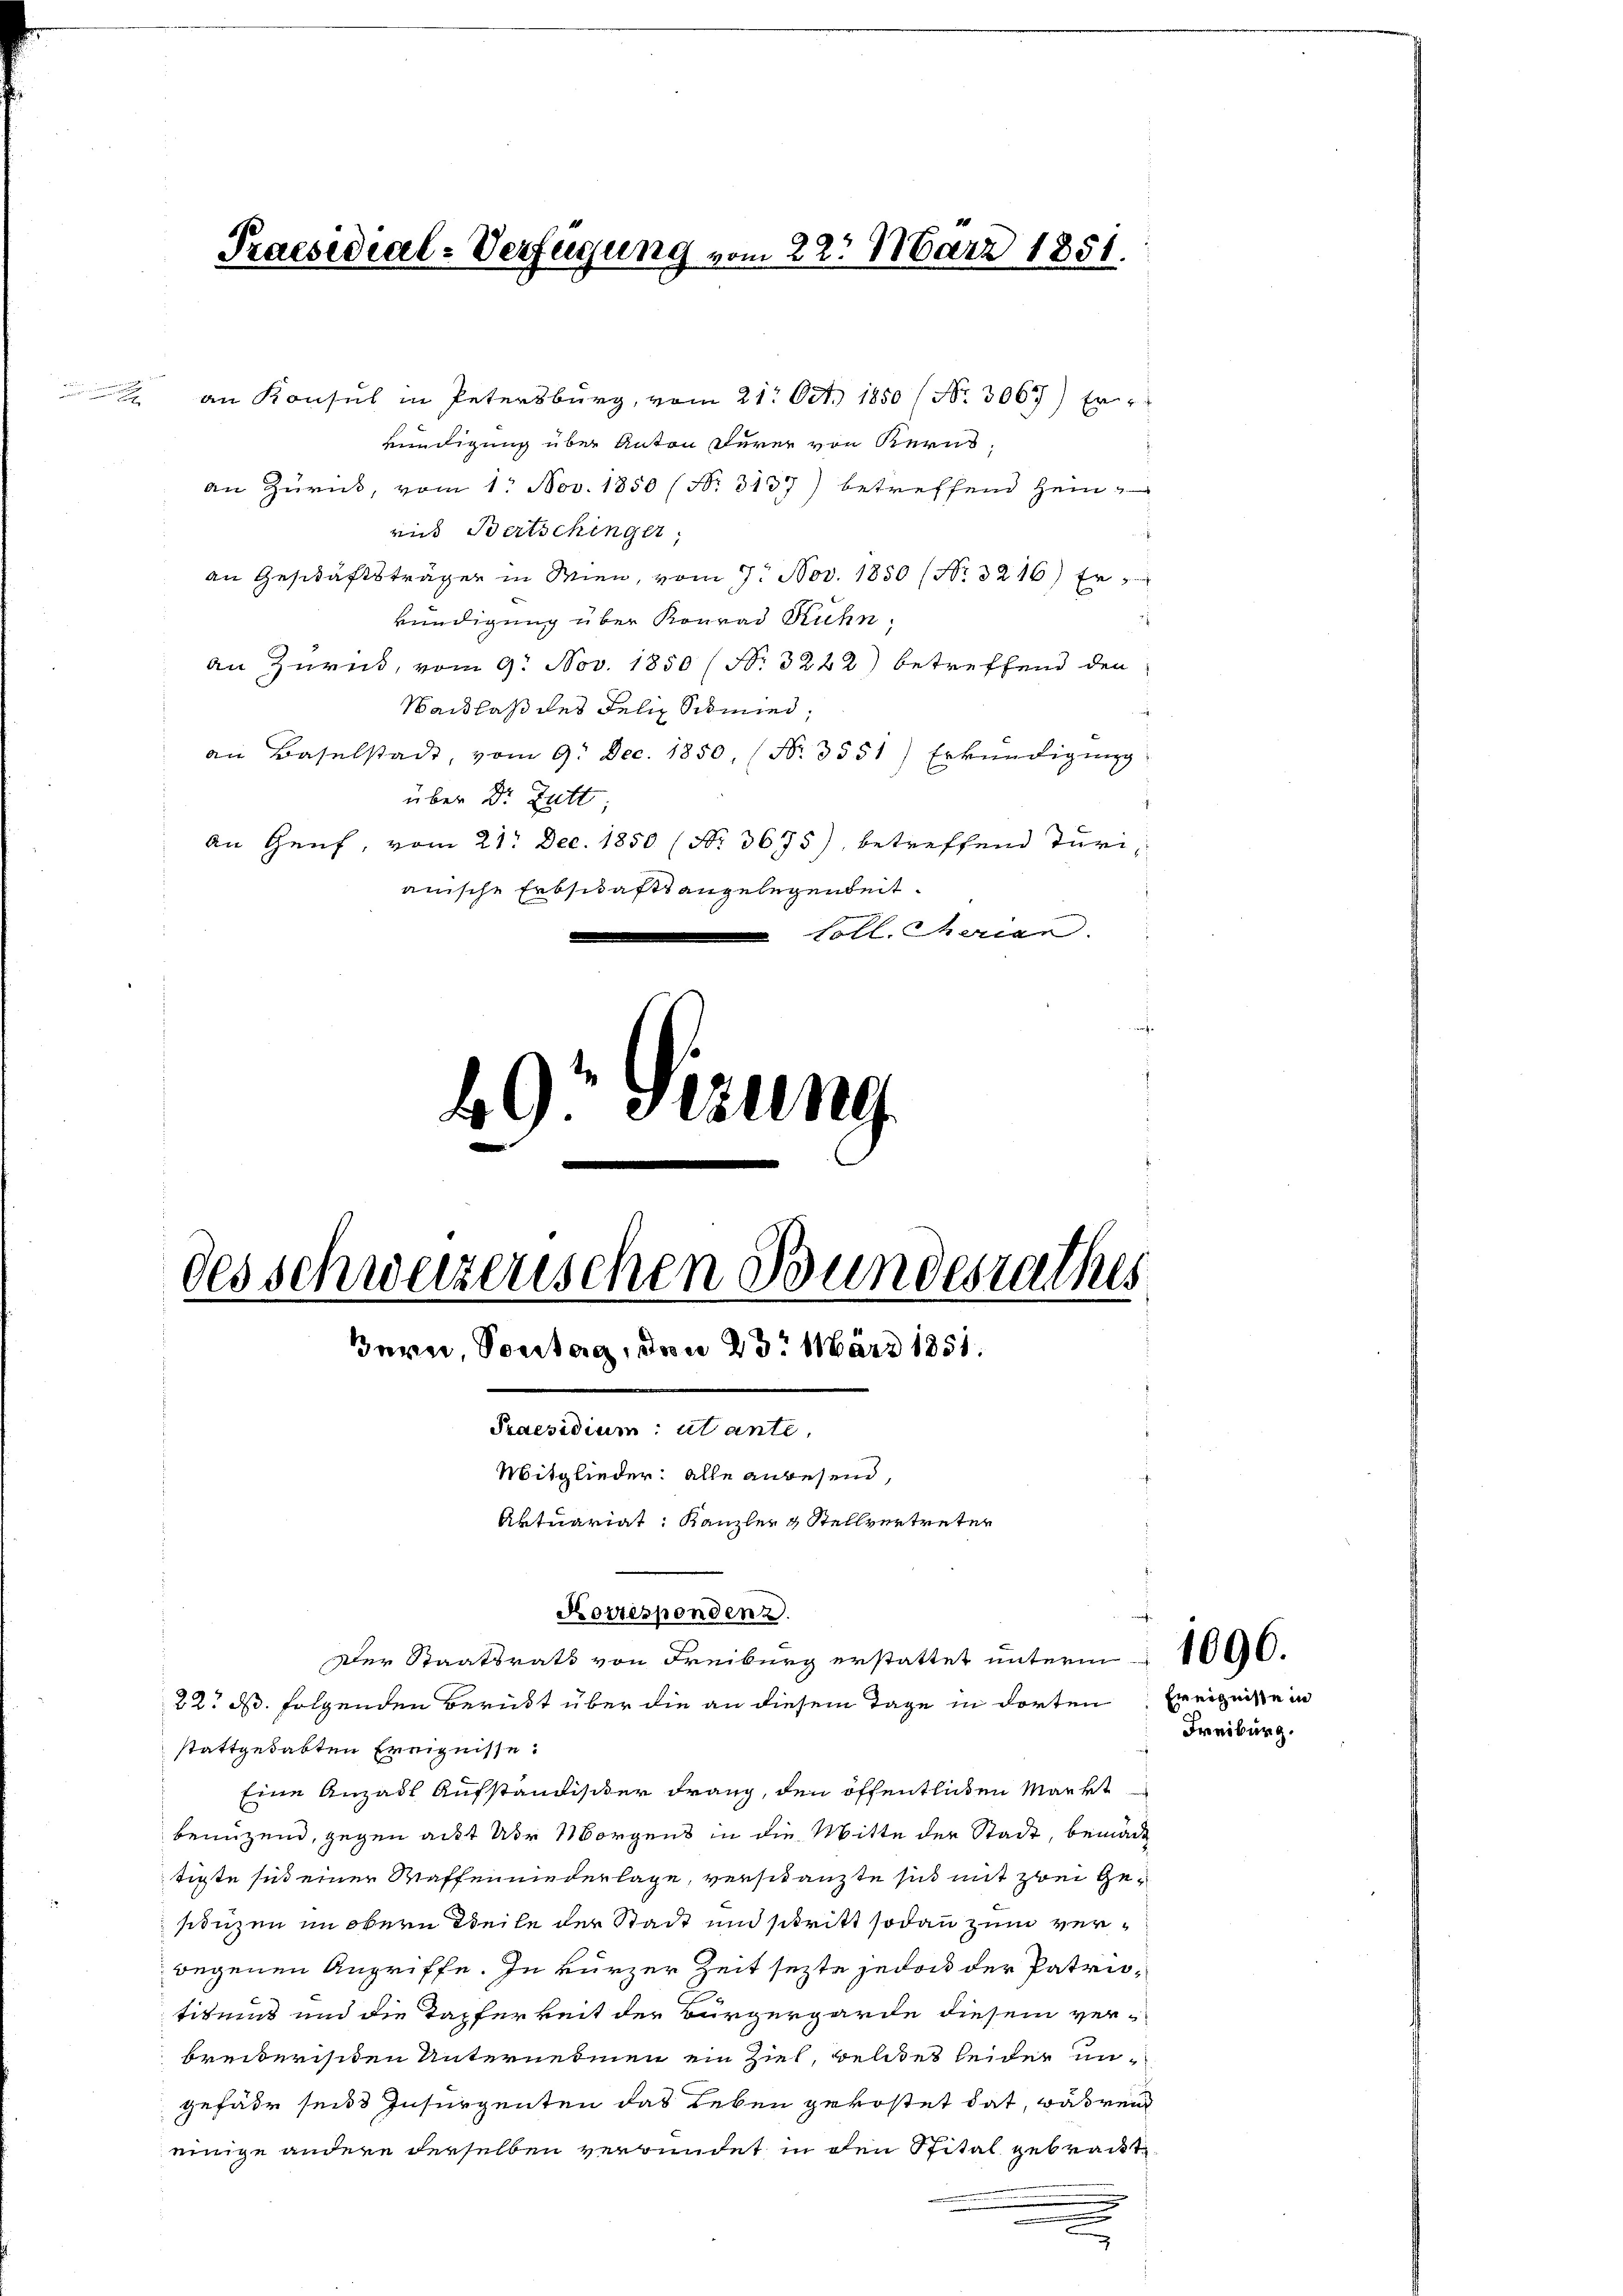
n

Praesidial-Verfügung vom 22. März 1851.

an Konsul in Petersburg, vom 21. Oct. 1850 (Nr. 3067) Er-
kündigung über Anton derer von Kerns,
an Zürick, vom 1. Nov. 1850 (Nr. 3137) betreffend Heinrid Bertschinger;
an Geschäftsträger in Wien, vom 9. Nov. 1850 (Nr. 3216) Er
kündigung über Konrad Rühn;
an Zurück, vom 9. Nov. 1850 (No. 3222) betreffend den
Sachlaß des Felix Schmied,
an Baselstadt, vom 9. Dec. 1850, (Nr. 3551) Erkŭndigŭng
über Dr Zett
An Genf, vom 21. Dec. 1850 (Nr. 3675), betreffend Turiauische Erbschaftsangelegenheit.
Coll. Charian.

49 Sizung
des schweizerischen Bundesrathes
Jern, Sontag, den 23. März 1851.
Praesidium utante,
Mitglieder: alle anwesend,
Aktuariat: Kanzler & Stellvertreter

Korresponden z
Der Staatsrath von Freiburg erstattet unterm 1000.

22. ds. folgenden Berückt über die an diesem Tage in dorten Ereigniße in
stattgehabten Ereignisse.
Eine Anzahl Aufständischer Frang, den öffentlichen Markt
benuzend, gegen acht Uhr Morgens in die Mitte der Stadt, bemäch
tigte sich einer Waffenniederlage, verschanzte sich mit zwei Gesiduzen im obern Weile der Stadt und stritt sodann zum verwegenen Angriffe. In kurzer Zeit sezte jedoch der Patriotikums und die Tapferkeit der Bürgergarde diesem verbreiterischen Unternehmen ein Ziel, weldtes leider ungefähr seits Insurgenten das Leben gekostet hat, währen
einige andere derselben verbundet in den Spital gebracht
e

Freiburg.